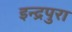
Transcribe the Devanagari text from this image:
इन्द्रपुरा